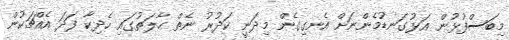
މިބަސްފުޅުން އަޅުގަނޑުމެންނަށް އެނގިގެން މިދަނީ ކަދުރު ނެތް ޙާލަތުގައި ހެދިކާ ފަދަ އެއްޗަކުން